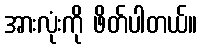
အားလုံးကို ဖိတ်ပါတယ်။